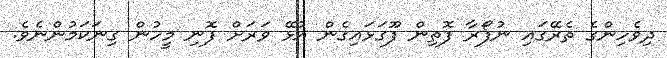
ދިވެހިންގެ ތެރޭގައި ނުފޯރާ ފޮތިން ފޫގަޅައިގެން އުޅޭ ވަރަށް ފޮނި މީހުން ގިނަކަމުންނެވެ.